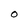
Character: 0